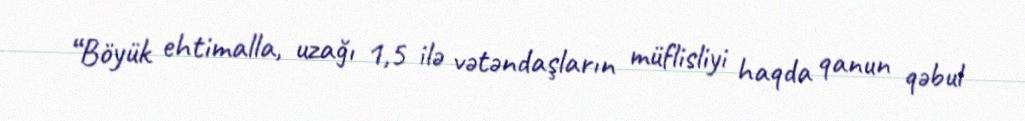
“Böyük ehtimalla, uzağı 1,5 ilə vətəndaşların müflisliyi haqda qanun qəbul